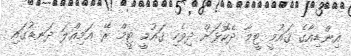
އިންޑިއާގެ ޤައުމީ ޓީމާ ދެކޮޅަށް ދިވެހި ޤައުމީ ޓީމް ރޭ އަމިއްލަ ދަނޑުގައި